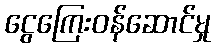
ငွေကြေးဝန်ဆောင်မှု